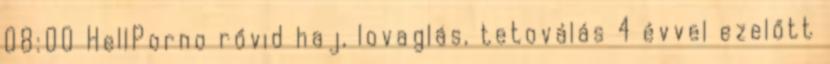
08:00 HellPorno rővid haj, lovaglás, tetoválás 4 évvel ezelőtt